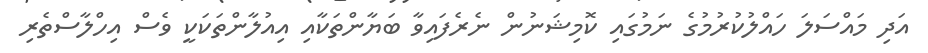
އަދި މައްސަލަ ހައްލުކުރުމުގެ ނަމުގައި ކޮމިޝަނުން ނެރެފައިވާ ބަޔާންތަކާއި އިއުލާންތަކަކީ ވެސް އިހްލާސްތެރި